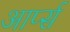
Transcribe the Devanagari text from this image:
आर्प्स